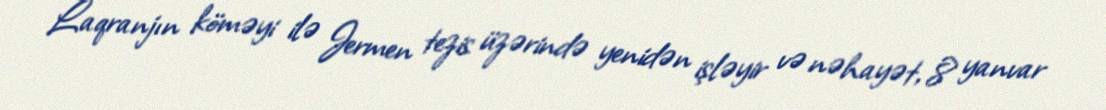
Laqranjın köməyi ilə Jermen tezis üzərində yenidən işləyir və nəhayət, 8 yanvar